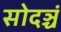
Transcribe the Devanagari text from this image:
सोदञ्चं